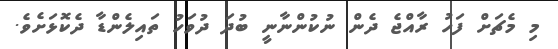
މި މެޗަށް ފަހު ރާއްޖެ ދެން ނުކުންނާނީ ބުދަ ދުވަހު ތައިލެންޑާ ދެކޮޅަށެވެ.